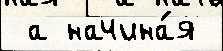
 а начина́я